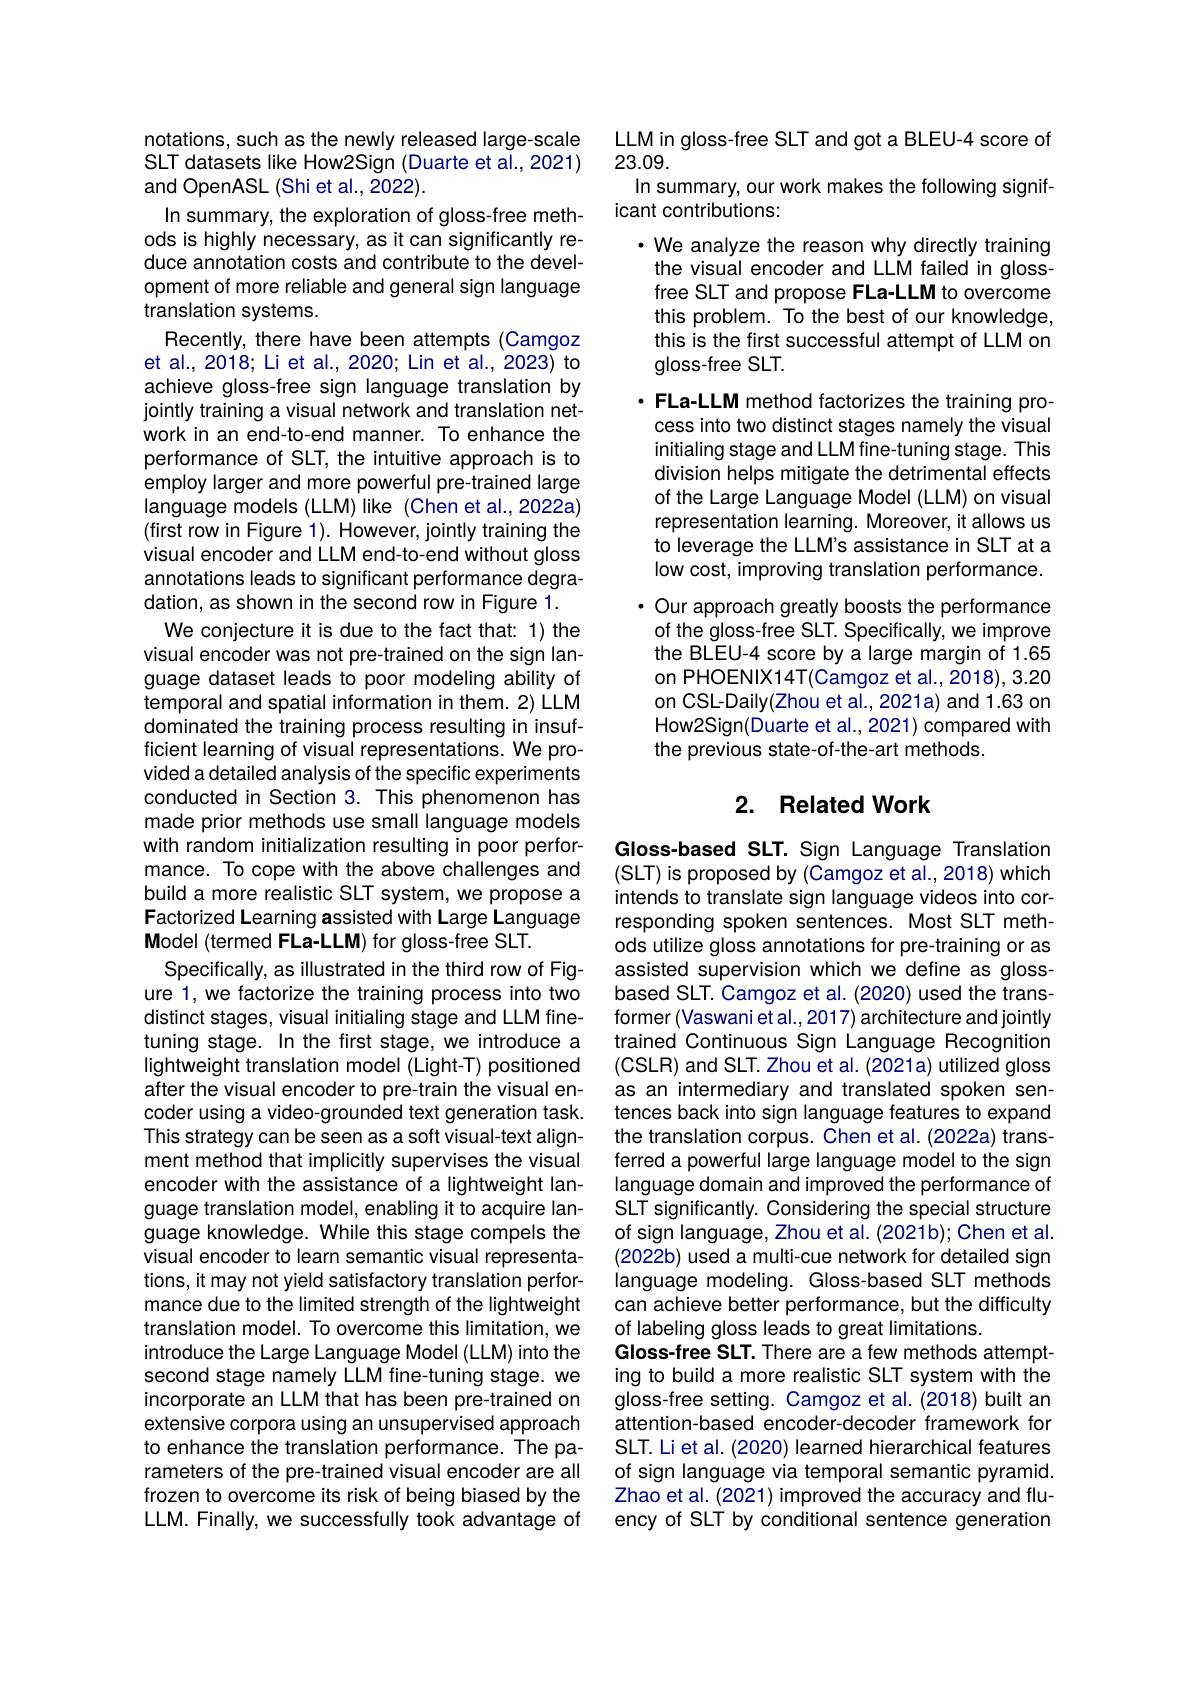
notations, such as the newly released large-scale SLT datasets like How2Sign (Duarte et al., 2021) and OpenASL (Shi et al., 2022).
In summary, the exploration of gloss-free methods is highly necessary, as it can significantly reduce annotation costs and contribute to the development of more reliable and general sign language translation systems.
Recently, there have been attempts (Camgoz et al., 2018; Li et al., 2020; Lin et al., 2023) to achieve gloss-free sign language translation by jointly training a visual network and translation network in an end-to-end manner. To enhance the performance of SLT, the intuitive approach is to employ larger and more powerful pre-trained large language models (LLM) like (Chen et al.,2022a) (first row in Figure 1). However, jointly training the visual encoder and LLM end-to-end without gloss annotations leads to significant performance degradation,as shown in the second row in Figure 1.
We conjecture it is due to the fact that: 1) the visual encoder was not pre-trained on the sign language dataset leads to poor modeling ability of temporal and spatial information in them. 2) LLM dominated the training process resulting in insufficient learning of visual representations. We provided a detailed analysis of the specific experiments conducted in Section 3. This phenomenon has made prior methods use small language models with random initialization resulting in poor performance. To cope with the above challenges and build a more realistic SLT system, we propose a Factorized Learning assisted with Large Language Model (termed FLa-LLM) for gloss-free SLT.
Specifically, as illustrated in the third row of Figure 1, we factorize the training process into two distinct stages, visual initialing stage and LLM finetuning stage. In the first stage, we introduce a lightweight translation model (Light-T) positioned after the visual encoder to pre-train the visual encoder using a video-grounded text generation task. This strategy can be seen as a soft visual-text alignment method that implicitly supervises the visual encoder with the assistance of a lightweight language translation model, enabling it to acquire language knowledge. While this stage compels the visual encoder to learn semantic visual representations, it may not yield satisfactory translation performance due to the limited strength of the lightweight translation model. To overcome this limitation, we introduce the Large Language Model (LLM) into the second stage namely LLM fine-tuning stage. we incorporate an LLM that has been pre-trained on extensive corpora using an unsupervised approach to enhance the translation performance. The parameters of the pre-trained visual encoder are all frozen to overcome its risk of being biased by the LLM. Finally, we successfully took advantage of

LLM in gloss-free SLT and got a BLEU-4 score of
23.09.
In summary, our work makes the following signif-
icant contributions:
· We analyze the reason why directly training the visual encoder and LLM failed in glossfree SLT and propose FLa-LLM to overcome this problem. To the best of our knowledge, this is the first successful attempt of LLM on gloss-free SLT.

·FLa-LLM method factorizes the training pro-
cess into two distinct stages namely the visual initialing stage and LLM fine-tuning stage. This division helps mitigate the detrimental effects of the Large Language Model (LLM) on visual representation learning. Moreover, it allows us to leverage the LLM's assistance in SLT at a low cost, improving translation performance. $\cdot$ Our approach greatly boosts the performance of the gloss-free SLT. Specifically, we improve the BLEU-4 score by a large margin of 1.65 on PHOENIX14T(Camgoz et al.,2018), 3.20 on CSL-Daily(Zhou et al., 2021a) and 1.63 on How2Sign(Duarte et al., 2021) compared with the previous state-of-the-art methods.

## 2. Related Work

Gloss-based SLT. Sign Language Translation (SLT) is proposed by (Camgoz et al., 2018) which intends to translate sign language videos into corresponding spoken sentences. Most SLT methods utilize gloss annotations for pre-training or as assisted supervision which we define as glossbased SLT. Camgoz et al. (2020) used the transformer (Vaswani et al. , 2017) architecture and jointly trained Continuous Sign Language Recognition (CSLR) and SLT. Zhou et al. (2021a) utilized gloss as an intermediary and translated spoken sentences back into sign language features to expand the translation corpus. Chen et al. (2022a) transferred a powerful large language model to the sign language domain and improved the performance of SLT significantly. Considering the special structure of sign language, Zhou et al. (2021b); Chen et al. (2022b) used a multi-cue network for detailed sign language modeling. Gloss-based SLT methods can achieve better performance, but the difficulty of labeling gloss leads to great limitations.
Gloss-free SLT. There are a few methods attempting to build a more realistic SLT system with the gloss-free setting. Camgoz et al. (2018) built an attention-based encoder-decoder framework for SLT. Li et al. (2020) learned hierarchical features of sign language via temporal semantic pyramid. Zhao et al. (2021) improved the accuracy and fluency of SLT by conditional sentence generation